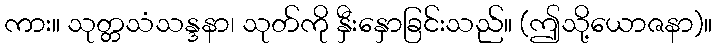
ကား။ သုတ္တသံသန္ဒနာ၊ သုတ်ကို နှီးနှောခြင်းသည်။ (ဤသို့ယောဇနာ)။